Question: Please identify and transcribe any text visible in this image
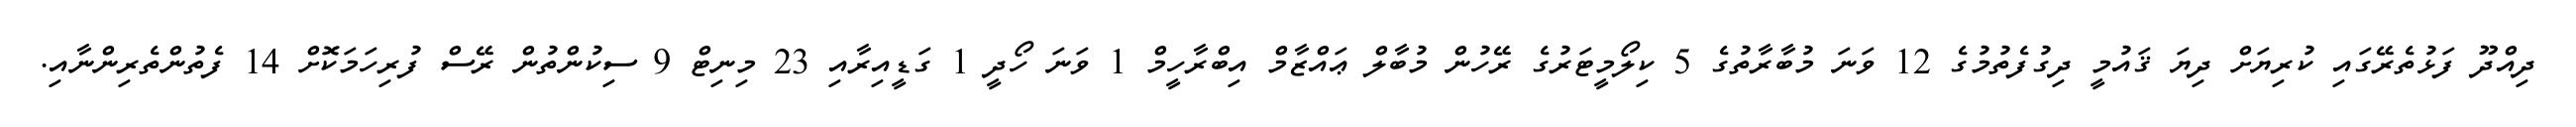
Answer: ދިއްދޫ ފަޅުތެރޭގައި ކުރިޔަށް ދިޔަ ޤައުމީ ދިގުފެތުމުގެ 12 ވަނަ މުބާރާތުގެ 5 ކިލޯމީޓަރުގެ ރޭހުން މުބާލް ޢައްޒާމް އިބްރާހީމް 1 ވަނަ ހޯދީ 1 ގަޑީއިރާއި 23 މިނިޓް 9 ސިކުންތުން ރޭސް ފުރިހަމަކޮށް 14 ފެތުންތެރިންނާއި.